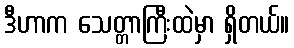
ဒီဟာက သေတ္တာကြီးထဲမှာ ရှိတယ်။